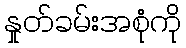
နှုတ်ခမ်းအစုံကို